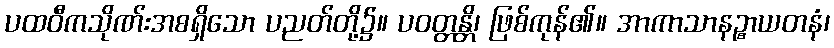
ပထဝီကသိုဏ်းအစရှိသော ပညတ်တို့၌။ ပဝတ္တန္တိ၊ ဖြစ်ကုန်၏။ အာကာသာနဉ္စာယတနံ၊